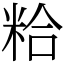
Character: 粭